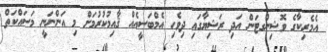
އެމެރިކާގެ ވޮޝިންގޓަން އަދި ރަޝިޔާގައި ދިވެހި އެމްބަސީއެއް ޤާއިމުކުރުމަށް މި އަންނަނީ މަސައްކަތް